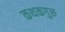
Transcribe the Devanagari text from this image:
कथकगुरू